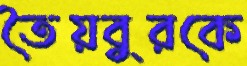
তৈয়বুরকে